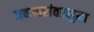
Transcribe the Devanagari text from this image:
जनावरांवरसुद्धा